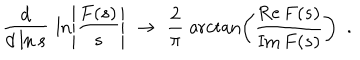
LaTeX: \frac { \mathrm { d } } { \mathrm { d } \ln s } \, \, \ln \left| \frac { F ( s ) } { s } \right| \, \, \rightarrow \, \, \frac { 2 } { \pi } \; \operatorname { a r c t a n } \left( \frac { \mathrm { R e } \, F ( s ) } { \mathrm { I m } \, F ( s ) } \right) \, \, \, .